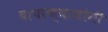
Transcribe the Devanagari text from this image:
वापरण्याजोगी